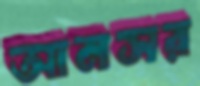
আনসর